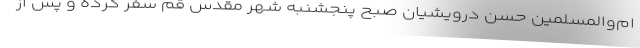
ام‌والمسلمین حسن درویشیان صبح پنجشنبه شهر مقدس قم سفر کرده و پس از